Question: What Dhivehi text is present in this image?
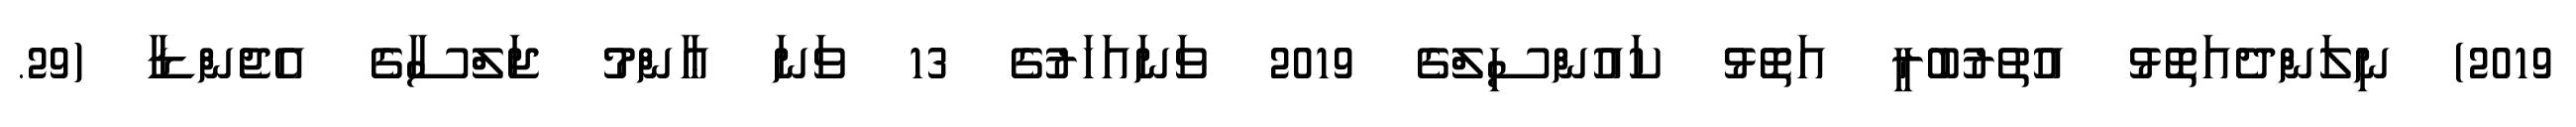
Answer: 2019) ނިލަންދެއަތޮޅު އުތުރުބުރީ އަތޮޅު ކައުންސިލްގެ 2019 ވަނައަހަރުގެ 13 ވަނަ ޢާންމު ޖަލްސާގެ އެޖެންޑާ (29.